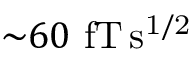
{ \sim } 6 0 ~ \mathrm { f T \, s ^ { 1 / 2 } }